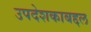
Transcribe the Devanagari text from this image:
उपदेशकाबद्दल